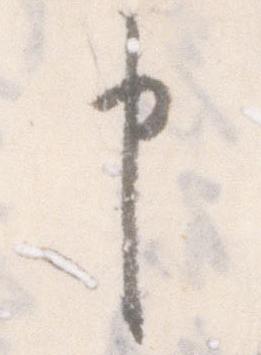
申